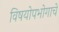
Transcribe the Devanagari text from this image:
विषयोपभोगाचे